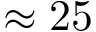
\approx 2 5